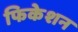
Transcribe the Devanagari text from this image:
फिकेशन